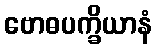
ဗောဓပက္ခိယာနံ